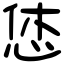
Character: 恷